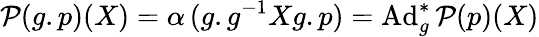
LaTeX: {\cal P}(g.p)(X)=\alpha\, (g.g^{-1}Xg.p)=\mathrm{Ad}_{g}^{*}\, {\cal P}(p)(X)